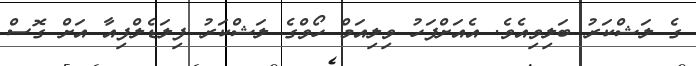
ގެ ލަޝްކަރު ބަލިވިއެވެ. އެއަށްފަހު ވިލިއަމް ހޯވްގެ ލަޝްކަރު ފިލަޑެލްފިއާ އަށް ގޮސް